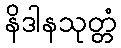
နိဒါနသုတ္တံ